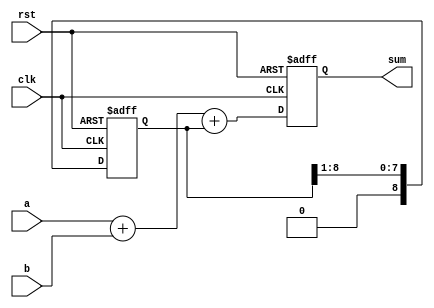
module manchester_carry_chain_adder(
    input wire clk,
    input wire rst,
    input wire [7:0] a,
    input wire [7:0] b,
    output reg [8:0] sum
);

reg [8:0] c;

always @ (posedge clk or posedge rst) begin
    if (rst) begin
        c <= 9'b0;
        sum <= 9'b0;
    end else begin
        c <= {1'b0, c[8:1]};
        sum <= a + b + c;
    end
end

endmodule